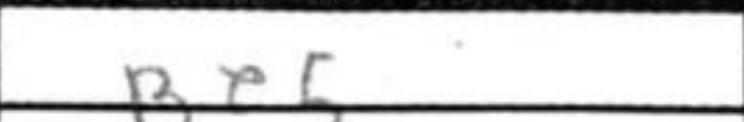
Transcription: Be5